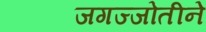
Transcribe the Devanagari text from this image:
जगज्जोतीने